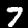
Digit: 7